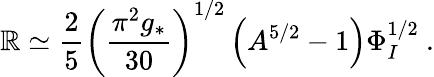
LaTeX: \mathbb{R}\simeq\frac{{2}}{{5}}\left(\frac{{\pi^{2}g_{*}}}{{30}}\right)^{1/2}\left(A^{5/2}-1\right)\Phi_{I}^{1/2}\ .